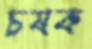
চষক